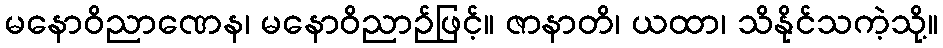
မနောဝိညာဏေန၊ မနောဝိညာဉ်ဖြင့်။ ဇာနာတိ၊ ယထာ၊ သိနိုင်သကဲ့သို့။